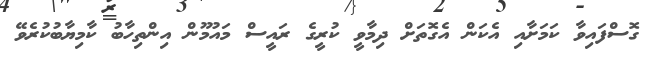
ގޮސްފައިވާ ކަމަށާއި އެކަން އެގޮތަށް ދިމާވީ ކުރީގެ ރައީސް މައުމޫން އިންތިހާބު ކާމިޔާބުކުރެވޭ